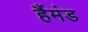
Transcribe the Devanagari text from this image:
हैंमंड